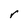
Character: r